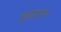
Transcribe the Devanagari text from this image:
क्र्युझ्नाख